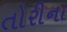
તોરીના